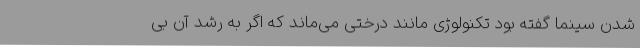
شدن سینما گفته بود تکنولوژی مانند درختی می‌ماند که اگر به رشد آن بی